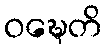
ဝဍ္ဎေတိ